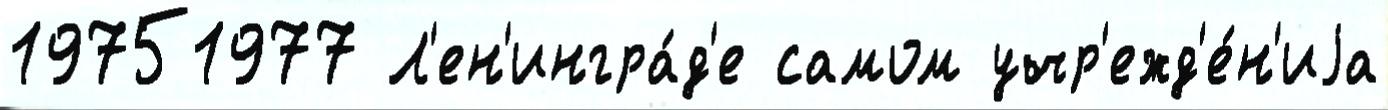
19751977 Л'ен'ингра́д'е самом учр'ежд'е́н'иjа